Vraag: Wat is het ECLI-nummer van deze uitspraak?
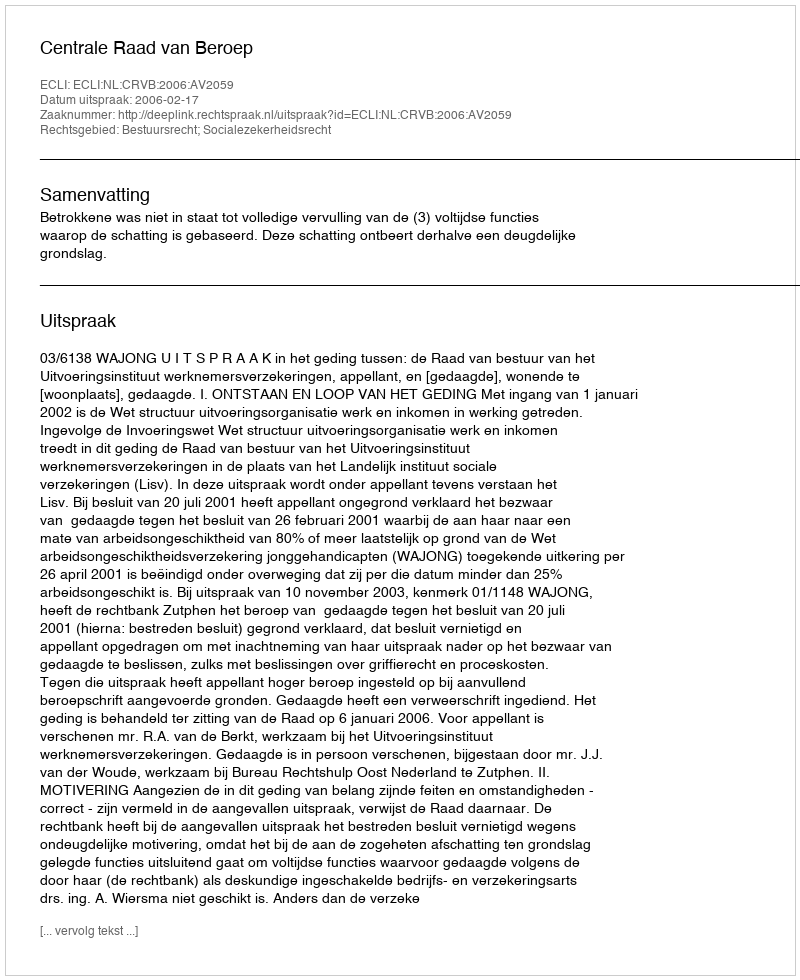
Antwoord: ECLI:NL:CRVB:2006:AV2059